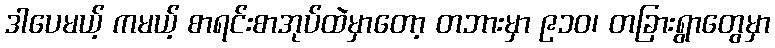
ဒါပေမယ့် ကမယ့် စာရင်းစာအုပ်ထဲမှာတော့ တဘားမှာ ၉၁၀၊ တခြားရွာတွေမှာ